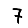
Digit: 7